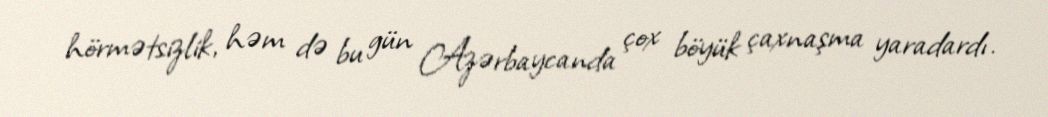
hörmətsizlik, həm də bu gün Azərbaycanda çox böyük çaxnaşma yaradardı.